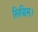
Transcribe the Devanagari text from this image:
सिद्धिम्।